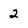
Character: 2